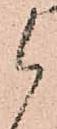
候